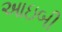
આઇબી